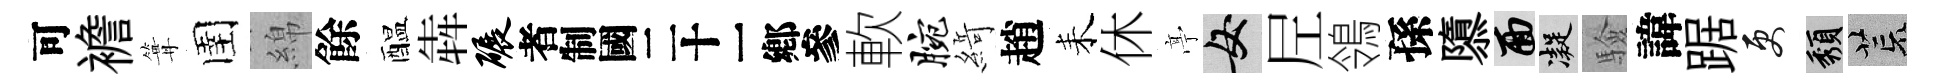
可襜篝圉綿餘醖犇碾识軟腕𦂶趙耒休𠅘女𡰱鴒孫隳面凝驗諱踞更頽荒